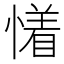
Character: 𰒐